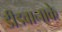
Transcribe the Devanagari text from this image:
डीडवानाके